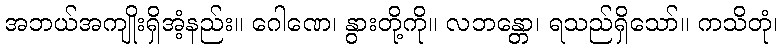
အဘယ်အကျိုးရှိအံ့နည်း။ ဂေါဏေ၊ နွားတို့ကို။ လဘန္တော၊ ရသည်ရှိသော်။ ကသိတုံ၊